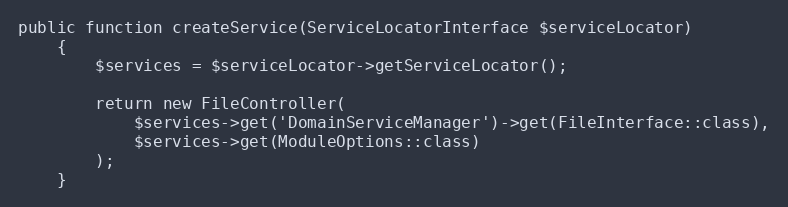
Language: PHP
public function createService(ServiceLocatorInterface $serviceLocator)
    {
        $services = $serviceLocator->getServiceLocator();

        return new FileController(
            $services->get('DomainServiceManager')->get(FileInterface::class),
            $services->get(ModuleOptions::class)
        );
    }